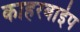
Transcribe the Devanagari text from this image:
काहरबाईप